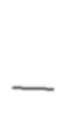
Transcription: –